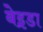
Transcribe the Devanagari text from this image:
बेइडा